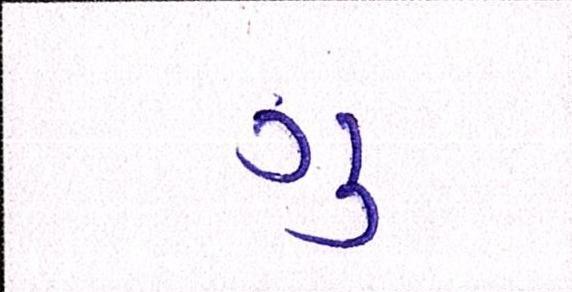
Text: ગુ